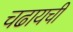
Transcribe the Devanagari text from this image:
चढायची